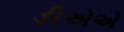
ડીએએ